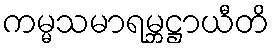
ကမ္မသမာရမ္ဘဋ္ဌာယီတိ